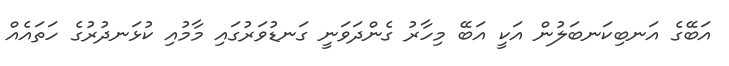
އަބޭގެ އަނބިކަނބަލުން އަކީ އަބޭ މިހާރު ގެންދަވަނީ ގަނޑުވަރުގައި މާމުއި ކުޅަނދުރުގެ ހަތައެއް